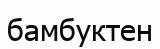
бамбуктен